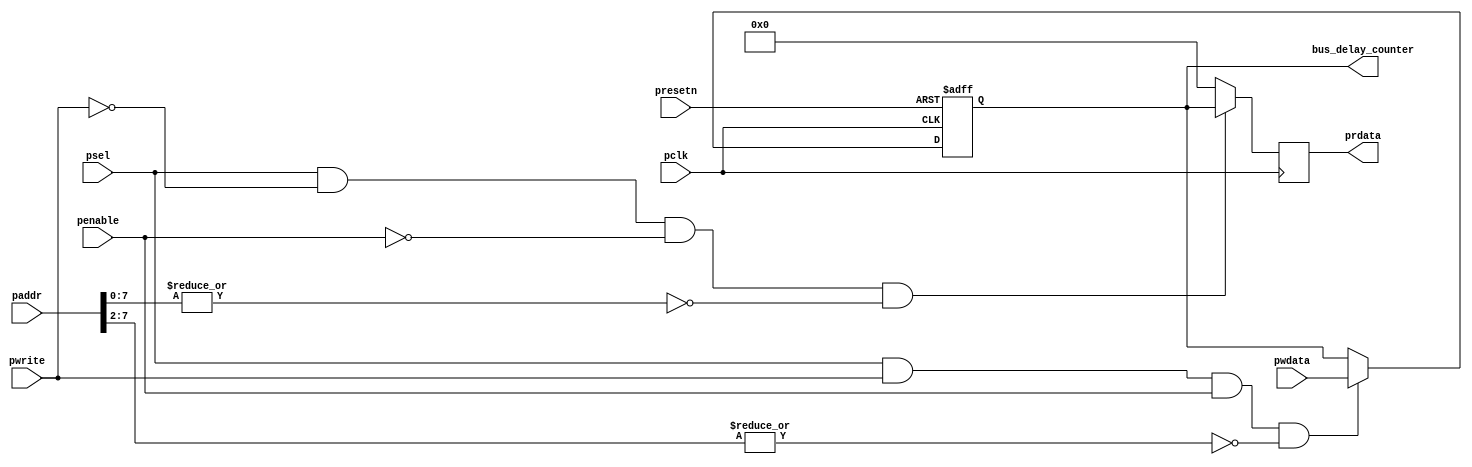
/*Copyright 2020-2021 T-Head Semiconductor Co., Ltd.

Licensed under the Apache License, Version 2.0 (the "License");
you may not use this file except in compliance with the License.
You may obtain a copy of the License at

    http://www.apache.org/licenses/LICENSE-2.0

Unless required by applicable law or agreed to in writing, software
distributed under the License is distributed on an "AS IS" BASIS,
WITHOUT WARRANTIES OR CONDITIONS OF ANY KIND, either express or implied.
See the License for the specific language governing permissions and
limitations under the License.
*/























module bus_delay(
  paddr,
  pclk,
  penable,
  prdata,
  presetn,
  psel,
  pwdata,
  pwrite,
  bus_delay_counter
);


input   [15:0]  paddr;                 
input           pclk;                  
input           penable;               
input           presetn;               
input           psel;                  
input   [31:0]  pwdata;
input           pwrite;
output  [31:0]  prdata;                
output  [31:0]  bus_delay_counter;


reg     [31:0]  prdata;                
reg     [31:0]  bus_delay_counter;


wire    [15:0]  paddr;                 
wire            pclk;                  
wire            presetn;               
wire            psel;                  
wire    [31:0]  pwdata;                
wire            pwrite;  












always @(posedge pclk or negedge presetn)
begin
  if(!presetn)
  begin
    bus_delay_counter <= 32'b0;
  end
  else if(psel && pwrite && penable && (~|paddr[7:2])) begin
    bus_delay_counter <= pwdata;
  end
end
    



always @(posedge pclk)
begin
  if(psel && !pwrite && !penable && (~|paddr[7:0])) begin
    prdata <= bus_delay_counter;
  end
  else begin
	prdata <= 32'b0;
  end
end

endmodule